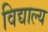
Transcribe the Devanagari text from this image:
विद्याल्य